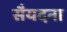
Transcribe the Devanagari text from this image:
सैयदना